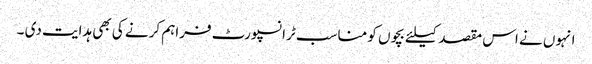
انہوں نے اس مقصد کیلئے بچوں کو مناسب ٹرانسپورٹ فراہم کرنے کی بھی ہدایت دی ۔